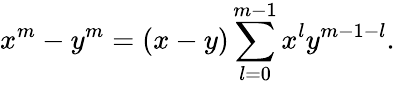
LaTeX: x^{m}-y^{m}=(x-y)\sum_{l=0}^{m-1}x^{l}y^{m-1-l}.